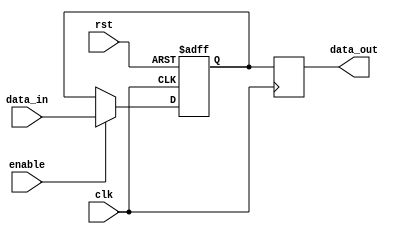
module latch_delay(
  input wire clk, // Clock signal
  input wire rst, // Reset signal
  input wire enable, // Enable signal
  input wire data_in, // Input data signal
  output reg data_out // Output delayed data signal
);

reg latch; // Latch to store input data

always @(posedge clk or posedge rst) begin
  if (rst) begin
    latch <= 1'b0; // Reset latch on rising edge of reset signal
  end else begin
    if (enable) begin
      latch <= data_in; // Store input data in latch when enable signal is high
    end
  end
end

always @(posedge clk) begin
  data_out <= latch; // Output delayed data after a clock cycle
end

endmodule